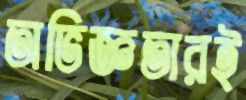
অভিজ্ঞতারই